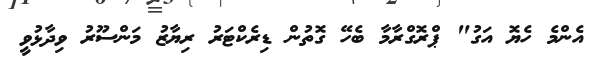
އެންމެ ހެޔޮ އަގު" ޕްރޮގްރާމާ ބެހޭ ގޮތުން ޑިރެކްޓަރު ރިޔާޒު މަންސޫރު ވިދާޅުވީ